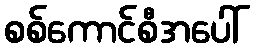
စစ်ကောင်စီအပေါ်